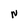
Character: N